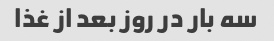
سه بار در روز بعد از غذا